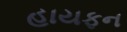
હાયફન